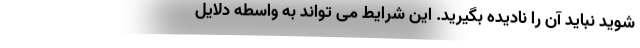
شوید نباید آن را نادیده بگیرید. این شرایط می تواند به واسطه دلایل